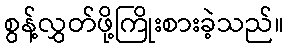
စွန့်လွှတ်ဖို့ကြိုးစားခဲ့သည်။